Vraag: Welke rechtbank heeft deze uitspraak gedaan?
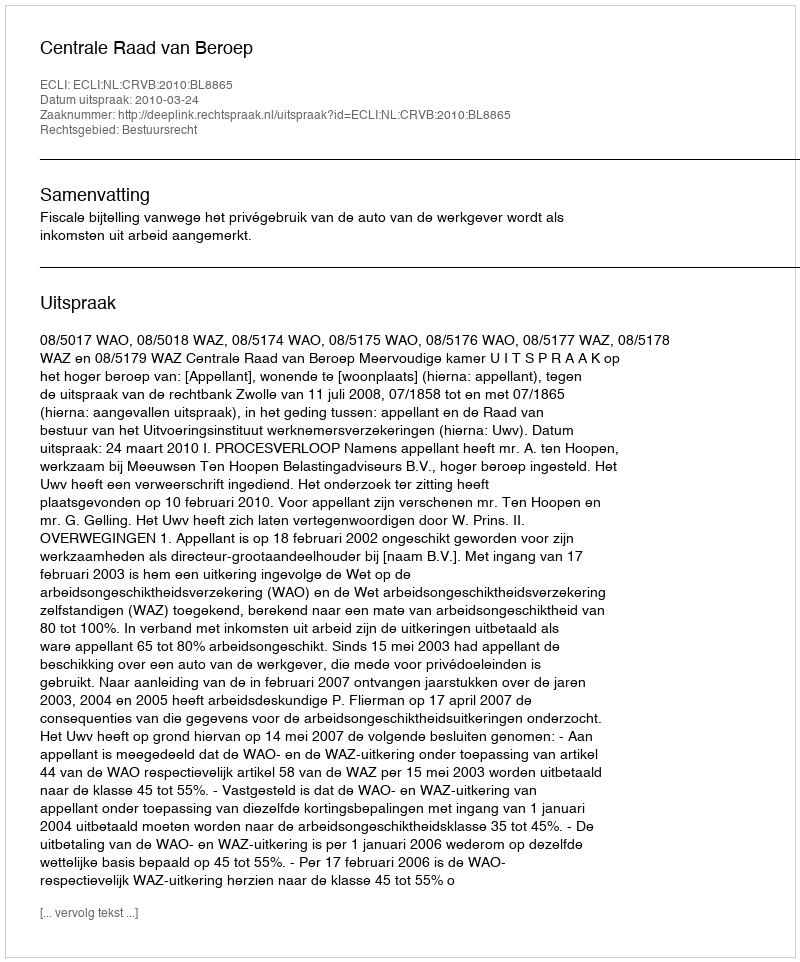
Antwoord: Centrale Raad van Beroep